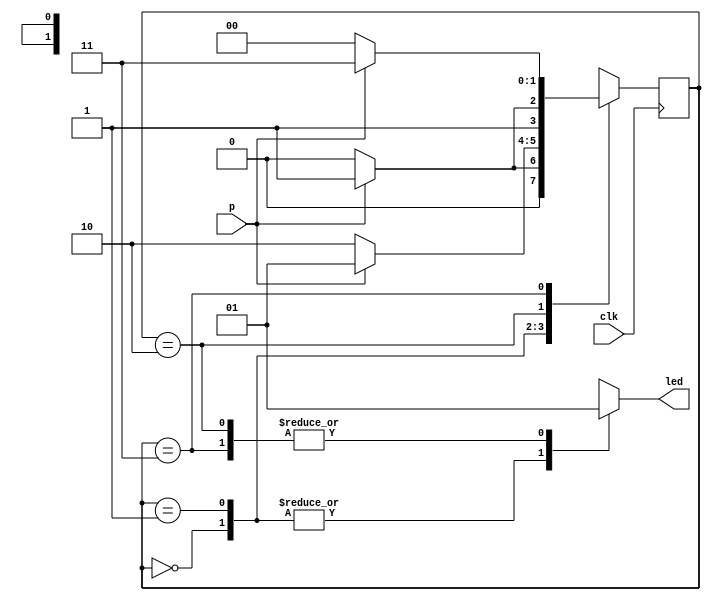
module LedButton (
    input clk,
    input p,
    output reg led
);
    reg [1:0] curr_state;
    // Register  Current State
    reg [1:0] next_state;

    always @ (posedge clk)
        curr_state = next_state;

    // Mux LED Status
    always @ (curr_state)
    begin
        case (curr_state)
            2'd0: led = 1'b0;
            2'd1: led = 1'b0;
            2'd2: led = 1'b1;
            2'd3: led = 1'b1;
        endcase   
    end

    // Muxes Next State
always @ (curr_state or p)
    begin
        case (curr_state)
            2'd0: next_state = p? 2'd1 : 2'd0;
            2'd1: next_state = p? 2'd1 : 2'd2;
            2'd2: next_state = p? 2'd3 : 2'd2;
            2'd3: next_state = p? 2'd3 : 2'd0;
            default:
            next_state = 2'd0;
        endcase   
    end
endmodule